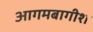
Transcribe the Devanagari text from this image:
आगमबागीश